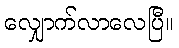
လျှောက်လာလေပြီ။